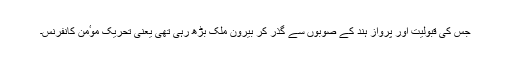
جس کی قبولیت اور پرواز ہند کے صوبوں سے گذر کر بیرون ملک بڑھ رہی تھی یعنی تحریک موٴمن کانفرنس۔